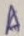
Text: A